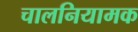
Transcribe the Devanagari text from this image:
चालनियामक